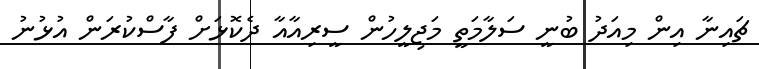
ޗައިނާ އިން މިއަދު ބުނީ ސަލާމަތީ މަޖިލީހުން ސީރިއާއާ ދެކޮޅަށް ފާސްކުރަން އުޅުނު